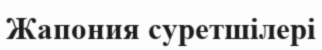
Жапония суретшілері